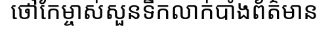
ថៅកែម្ចាស់សួនទឹកលាក់បាំងព័ត៌មាន